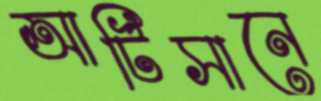
আর্টিসানে